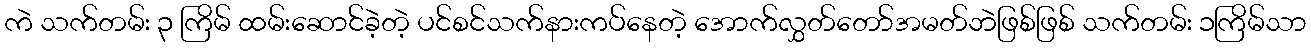
ကဲ သက်တမ်း ၃ ကြိမ် ထမ်းဆောင်ခဲ့တဲ့ ပင်စင်သက်နားကပ်နေတဲ့ အောက်လွှတ်တော်အမတ်ဘဲဖြစ်ဖြစ် သက်တမ်း ၁ကြိမ်သာ